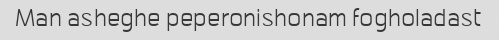
Man asheghe peperonishonam fogholadast